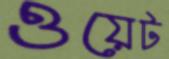
ওয়েট